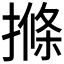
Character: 𭢌